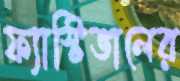
ফ্যাস্টিভালের